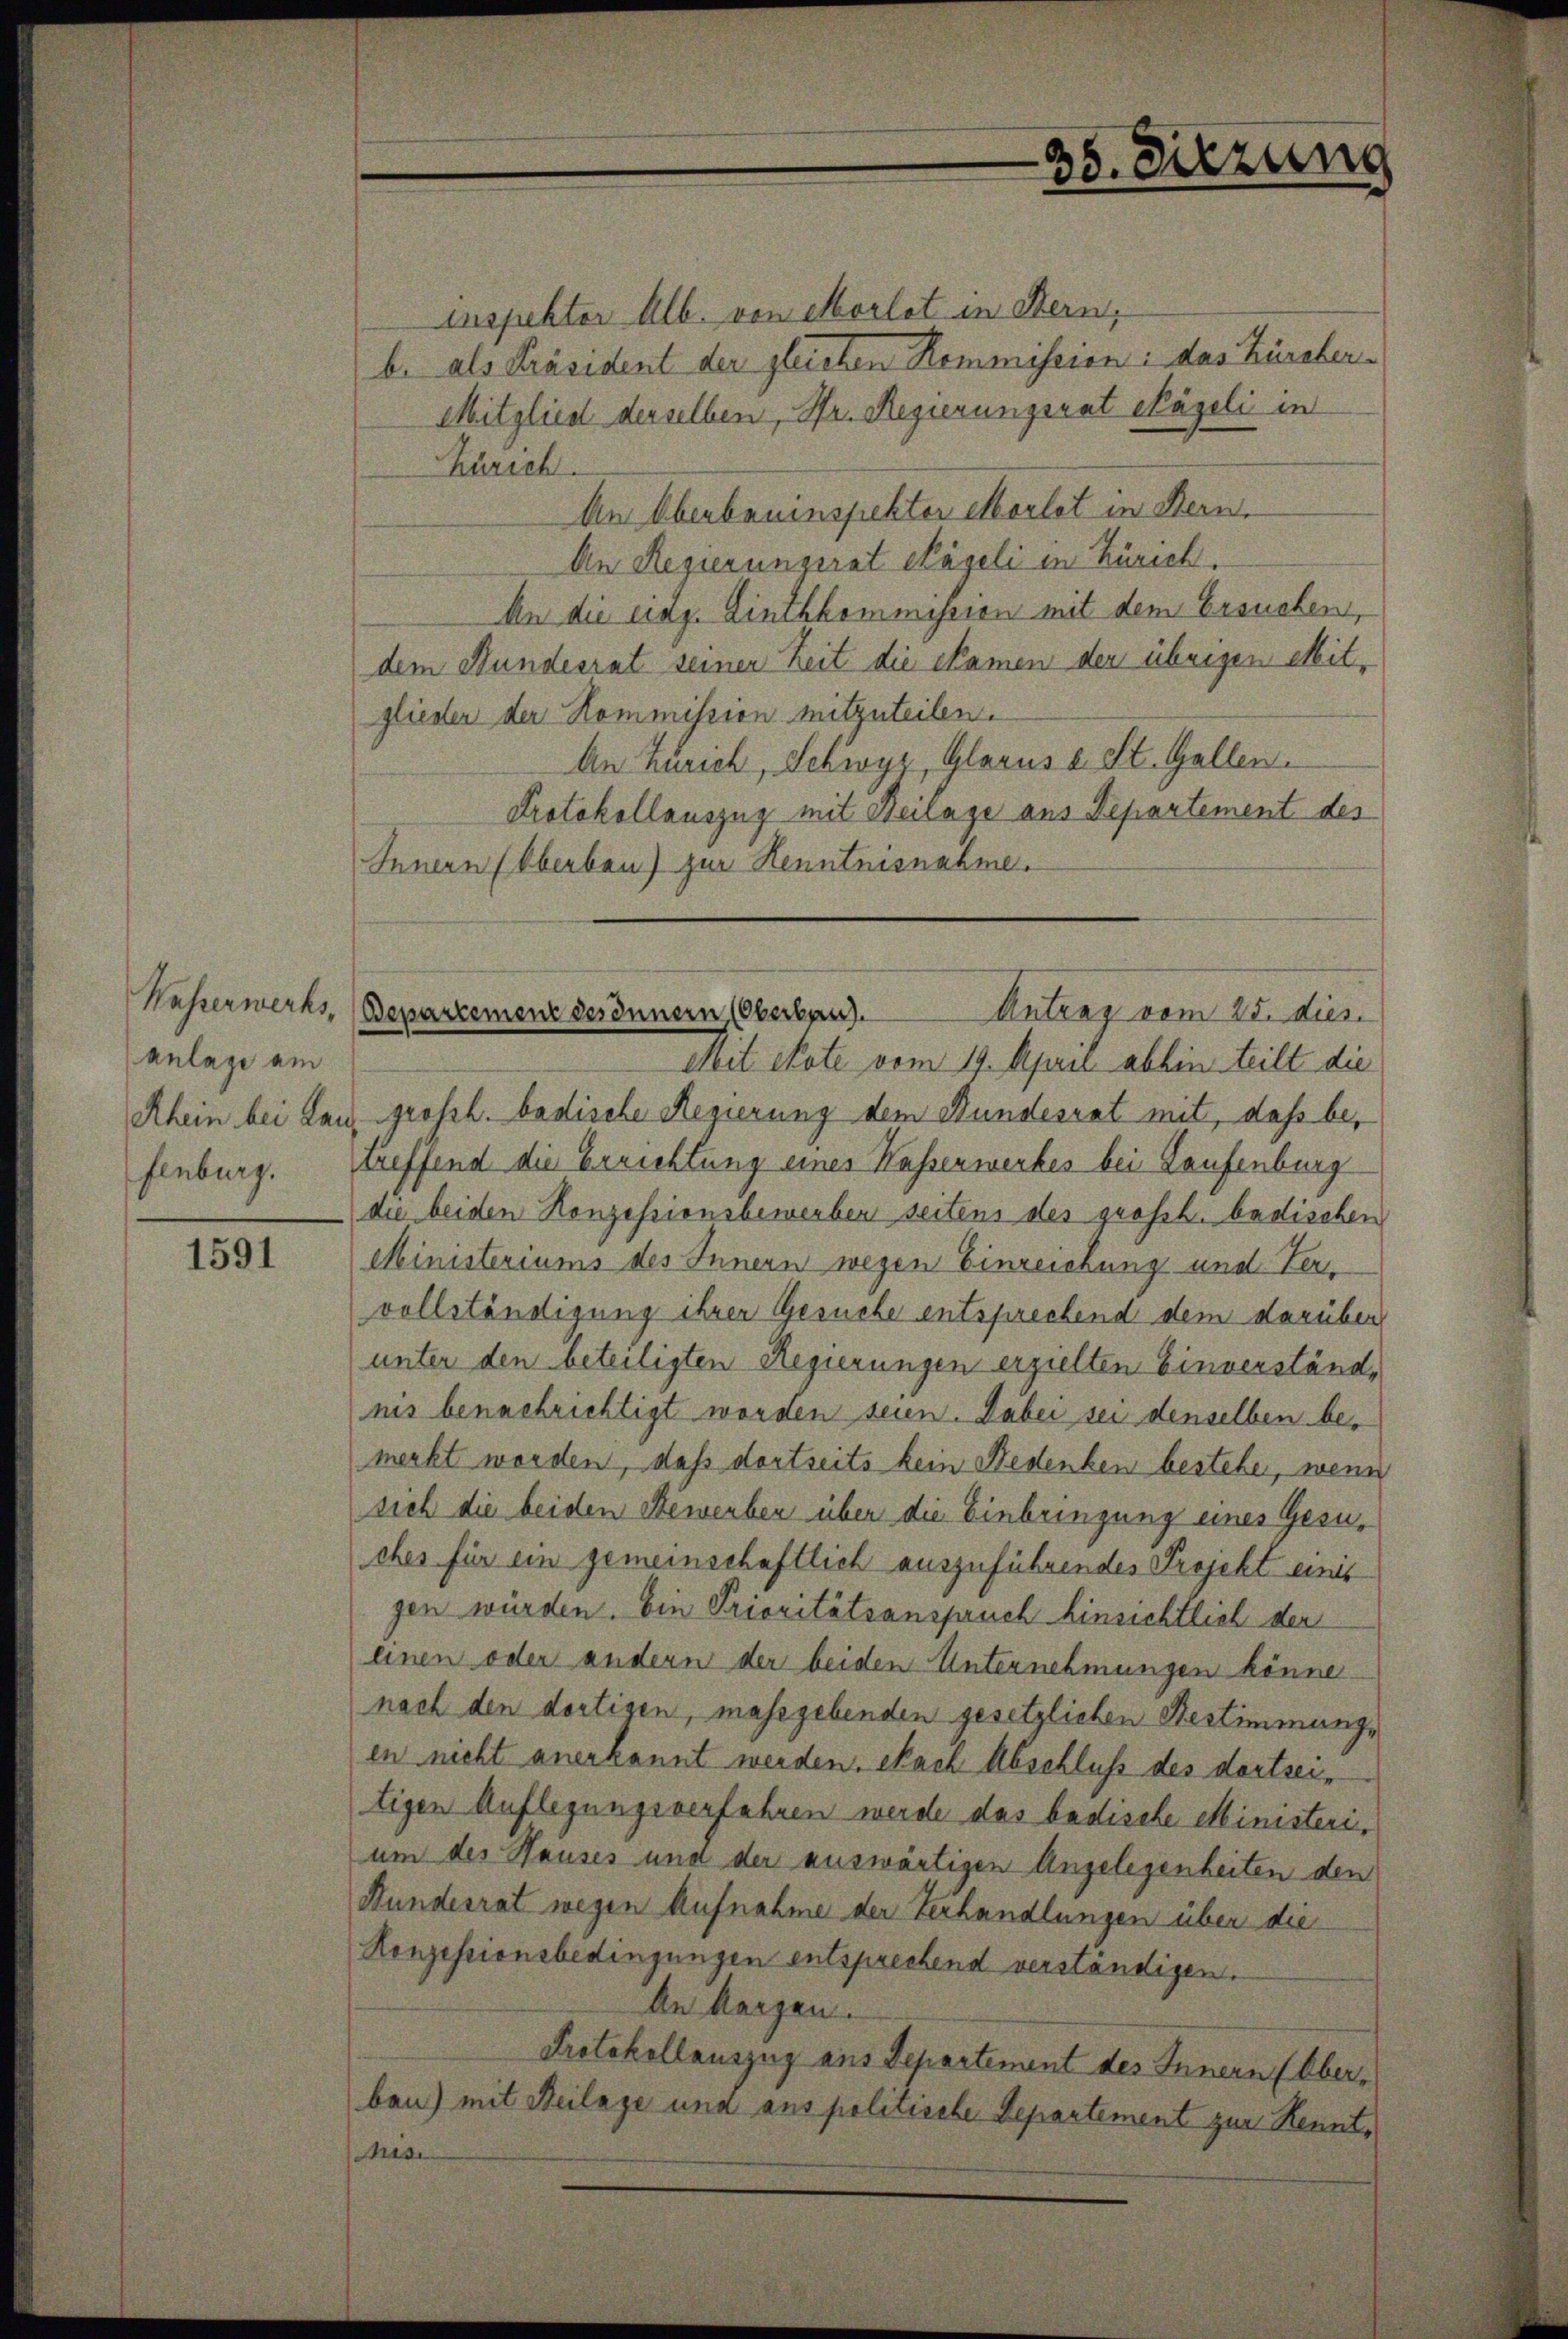
Wasserwerks,
anlage am
fenburg.

1591

inspektor Alb. von Morlot in Stern,
b. als Präsident der gleichen Kommission: das Zürcher¬
Mitglied derselben, Hr. Regierungsrat Nägeli in
Zürich
An Oberbauinspektor Morlot in Bern.
An Regierungerat Kägeli in Zürich.
An die eidg. Linthkommission mit dem Ersuchen,
dem Bundesrat seiner Zeit die kamen der übrigen Mitglieder der Kommission mitzuteilen.
An Zürich, Schwyz, Glarus u. St. Gallen.
Protokollauszug mit Beilage aus Departement des
Innern Oberben) zur Kenntnisnahme.
Mit Note vom 19. April abhin teilt die
Rhein bei Lau, Großh. badische Regierung dem Bundesrat mit, daß betreffend die Errichtung eines Wasserwerkes bei Laufenburg
die beiden Konzessionsbewerben seitens des großh. badischen
Ministeriums des Innern wegen Einreichung und Ver-
vollständigung ihrer Gesuche entsprechend dem darüber
unter den beteiligten Regierungen erzielten Einverständnis benachrichtigt worden seien. Dabei sei denselben bemerkt worden, daß dortseits kein Bedenken bestehen, wenn
sich die beiden Bewerben über die Einbringung eines Gesuches für ein gemeinschaftlich auszuführendes Projekt einis
gen würden. Ein Prioritätsanspruch Einsichtlich der
einen oder andern der beiden Unternehmungen könne
nach den dortigen, massgebenden gesetzlichen Bestimmungs
en nicht anerkannt werden. Nach Abschluß des dortseitigen Auflegungsverfahren werde das badische Ministeri,
um des Hauses und der auswärtigen Angelegenheiten den
Bundesrat wegen Aufnahme der Verhandlungen über die
Konzessionsbedingungen entsprechend verständigen.
An Morgen.
Protokollauszug aus Departement des Innern (Oberben) mit Beilage und aus politische Departement zur Kennt¬
Mise

Departement des Innern (Oberban
Antrag vom 25. dies

38. Sitzung